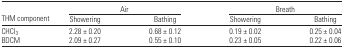
<table><thead><tr><td></td><td colspan="2"><b>Air</b></td><td colspan="2"><b>Breath</b></td></tr><tr><td><b>THM component</b></td><td><b>Showering</b></td><td><b>Bathing</b></td><td><b>Showering</b></td><td><b>Bathing</b></td></tr></thead><tbody><tr><td>CHCl<sub>3</sub></td><td>2.28 ± 0.20</td><td>0.68 ± 0.12</td><td>0.19 ± 0.02</td><td>0.25 ± 0.04</td></tr><tr><td>BDCM</td><td>2.09 ± 0.27</td><td>0.55 ± 0.10</td><td>0.23 ± 0.05</td><td>0.22 ± 0.06</td></tr></tbody></table>